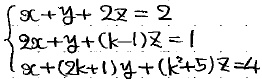
\[
\begin{cases}
x + y + 2z = 2 \\
2x + y + (k - 1)z = 1 \\
x + (2k + 1)y + (k^2 + 5)z = 4
\end{cases}
\]